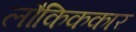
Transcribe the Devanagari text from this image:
लौकिककार